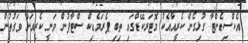
އެކްސިޑެންޓާ ގުޅިގެން ކެރީއާއެކު މޮޓަރކޭޑްގައި ތިބި ޕެރަމެޑިކް ސްޓާފުން ވަނީ ކެރީއަށް ވަގުތުން